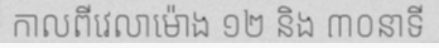
កាលពីវេលាម៉ោង ១២ និង ៣០នាទី